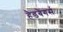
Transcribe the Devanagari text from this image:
हैडबैंगर्स